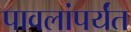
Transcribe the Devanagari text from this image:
पावलांपर्यंत